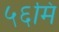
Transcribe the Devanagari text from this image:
५६मि